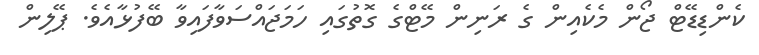
ކެންޑިޑޭޓް ޖޯން މެކެއިން ގެ ރަނިން މޭޓްގެ ގޮތުގައި ހަމަޖައްސަވާފައިވާ ބޭފުޅާއެވެ. ޕޭލިން